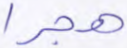
هجرا